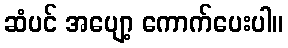
ဆံပင် အပျော့ ကောက်ပေးပါ။